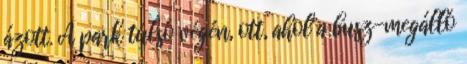
ázott. A park túlsó végén, ott, ahol a busz-megálló